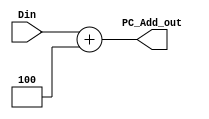
`timescale 1ns / 1ps
//////////////////////////////////////////////////////////////////////////////////
// Company: 
// Engineer: 
// 
// Design Name: 
// Module Name: CNTL
// Project Name: 
// Target Devices: 
// Tool Versions: 
// Description: 
// 
// Dependencies: 
// 
// Revision:
// Revision 0.01 - File Created
// Additional Comments:
// 
//////////////////////////////////////////////////////////////////////////////////


module PC_ADD(
    input [31:0] Din,
    output reg [31:0] PC_Add_out
);

    always@(*) begin
        PC_Add_out = Din + 4'b0100;
    end
endmodule